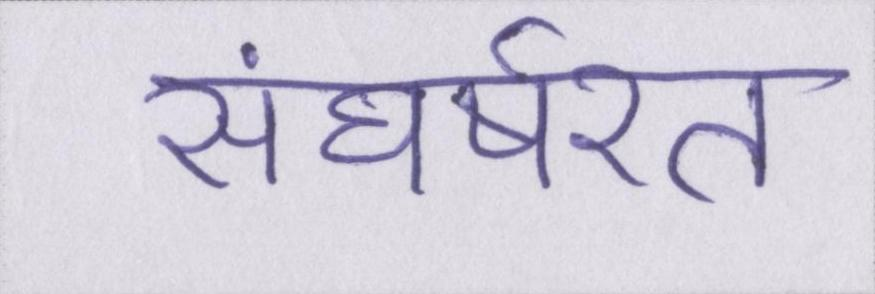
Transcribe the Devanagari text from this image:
संघर्षरत